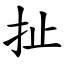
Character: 扯